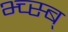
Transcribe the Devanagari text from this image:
भ्च्स्ब्